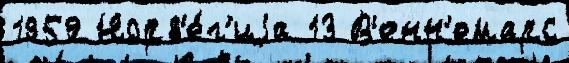
1959 Норв'е́г'иjа 13 В'енн'емарс